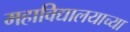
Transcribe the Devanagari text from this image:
महाविद्यालयाच्‍या